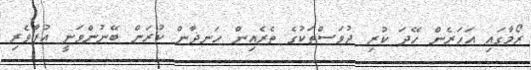
ރޯމާގައި އަހަރެން ހޭދަ ކުރި ދުވަސްތަކުގެ ތެރެއިން ހަނދާން ކުރަން ބޭނުންވަނީ އުފާވެރި